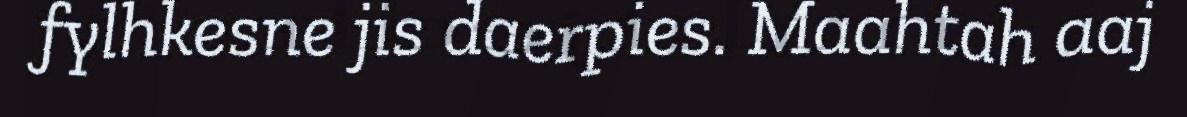
fylhkesne jis daerpies. Maahtah aaj